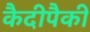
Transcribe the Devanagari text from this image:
कैदीपैकी